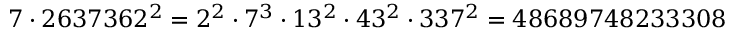
7 \cdot 2 6 3 7 3 6 2 ^ { 2 } = 2 ^ { 2 } \cdot 7 ^ { 3 } \cdot 1 3 ^ { 2 } \cdot 4 3 ^ { 2 } \cdot 3 3 7 ^ { 2 } = 4 8 6 8 9 7 4 8 2 3 3 3 0 8